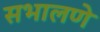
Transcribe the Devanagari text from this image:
सभालणे